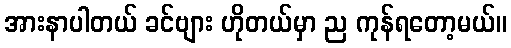
အားနာပါတယ် ခင်ဗျား ဟိုတယ်မှာ ည ကုန်ရတော့မယ်။